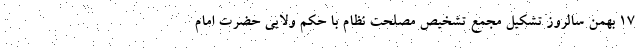
۱۷ بهمن سالروز تشکیل مجمع تشخیص مصلحت نظام با حکم ولایی حضرت امام